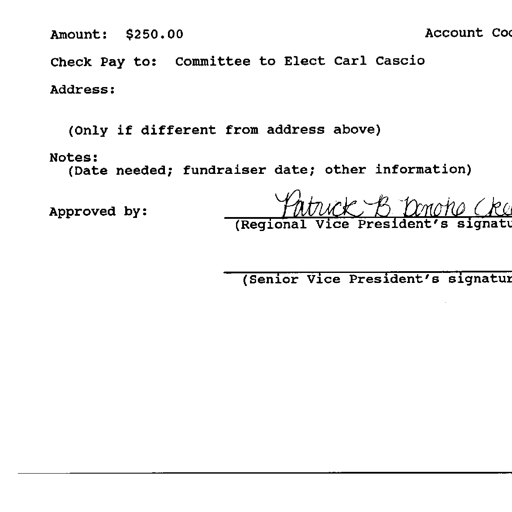
Amount: $250.00 Account Co
Check Pay to: Committee to Elect Carl Cascio
Address:
(Only if different from address above)
Notes:
(Date needed; fundraiser date; other information)
Approved by: Patrick B Donoho (KC)
(Regional Vice President's signatu
(Senior Vice President's signatur